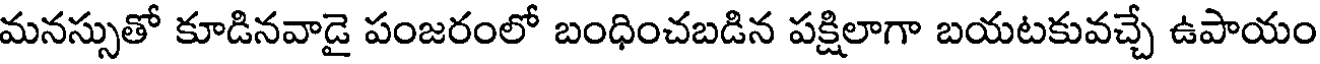
మనస్సుతో కూడినవాడై పంజరంలో బంధించబడిన పక్షిలాగా బయటకువచ్చే ఉపాయం